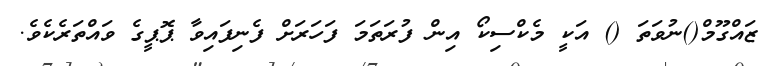
ޒައްގޫމް()ނުވަތަ () އަކީ މެކްސިކޯ އިން ފުރަތަމަ ފަހަރަށް ފެނިފައިވާ ޕޮޕީގެ ވައްތަރެކެވެ.